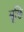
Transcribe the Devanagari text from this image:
सूछि